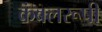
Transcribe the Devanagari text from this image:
कंबलरूपी